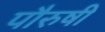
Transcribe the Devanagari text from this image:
पौरुषी